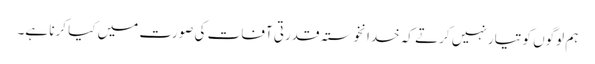
ہم لوگوں کو تیار نہیں کرتے کہ خدانخوستہ قدرتی آفات کی صورت میں کیا کرنا ہے۔